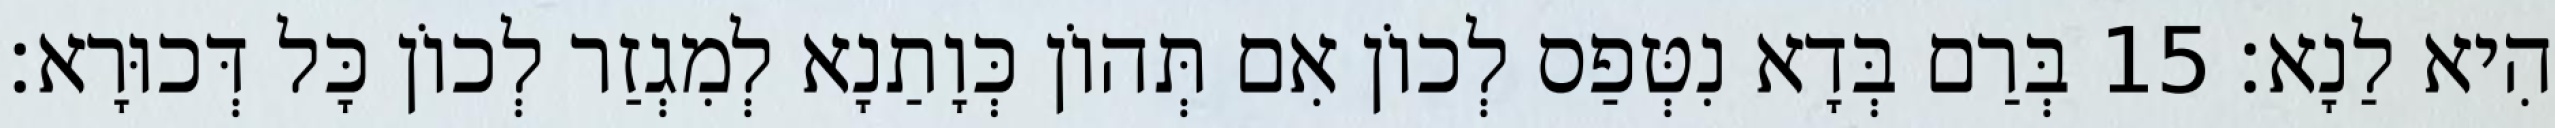
הִיא לַנָא׃ 15 בְּרַם בְּדָא נִטְּפַס לְכוֹן אִם תְּהוֹן כְּוָתַנָא לְמִגְזַר לְכוֹן כָּל דְּכוּרָא׃